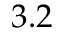
3 . 2